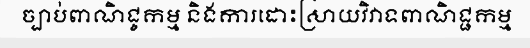
ច្បាប់ពាណិជ្ចកម្ម និងការដោះស្រាយវិវាទពាណិជ្ជកម្ម